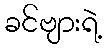
ခင်ဗျားရဲ့